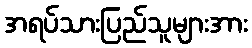
အရပ်သားပြည်သူများအား